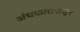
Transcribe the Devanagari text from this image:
अंधकारापासून